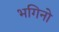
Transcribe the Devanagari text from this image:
भगिनो